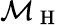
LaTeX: \mathcal{M}_{\mathrm{~H~}}